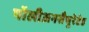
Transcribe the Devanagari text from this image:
पॉलीअनसैचुरेटेड